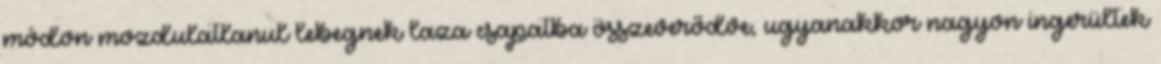
módon mozdulatlanul lebegnek laza csapatba összeverődve, ugyanakkor nagyon ingerültek